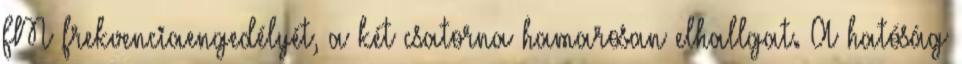
FM frekvenciaengedélyét, a két csatorna hamarosan elhallgat. A hatóság